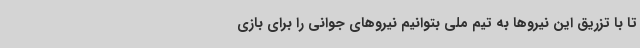
تا با تزریق این نیروها به تیم ملی بتوانیم نیروهای جوانی را برای بازی